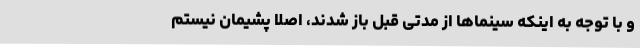
و با توجه به اینکه سینماها از مدتی قبل باز شدند، اصلا پشیمان نیستم